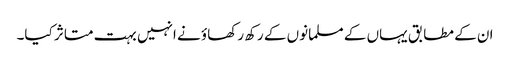
ان کے مطابق یہاں کے مسلمانوں کے رکھ رکھاؤ نے انہیں بہت متاثر کیا۔